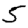
Digit: 5